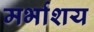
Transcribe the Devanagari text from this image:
मर्भाशय